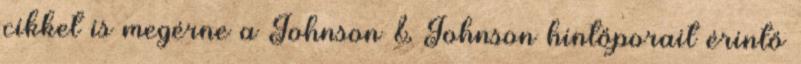
cikket is megérne a Johnson & Johnson hintőporait érintő